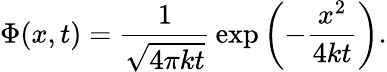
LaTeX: \Phi(x,t)={\frac{1}{\sqrt{4\pi kt}}}\exp\left(-{\frac{x^{2}}{4kt}}\right).